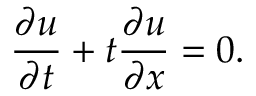
{ \frac { \partial u } { \partial t } } + t { \frac { \partial u } { \partial x } } = 0 .